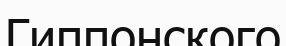
Гиппонского